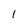
Character: 1